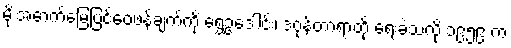
မိုးအောက်မြေပြင်ဝေဖန်ချက်ကို ရွှေဥဒေါင်း၊ ဒဂုန်တာရာတို့ ရေးခဲ့သလို ၁၉၅၉ က